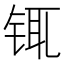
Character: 𰽿